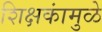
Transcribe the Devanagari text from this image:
शिक्षकांमुळे